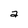
Character: a